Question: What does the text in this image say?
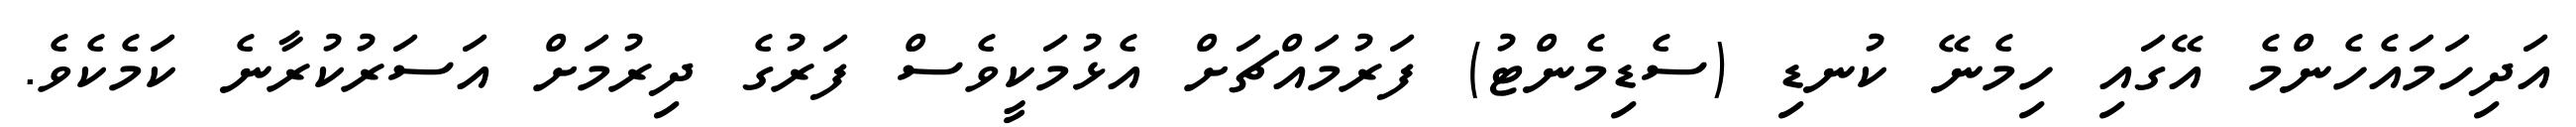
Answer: އަދިހަމައެހެންމެ އޭގައި ހިމެނޭ ކުނޑި (ސެޑިމެންޓު) ފަރުމައްޗަށް އެޅުމަކީވެސް ފަރުގެ ދިރުމަށް އަސަރުކުރާނެ ކަމެކެވެ.